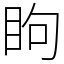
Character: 眗